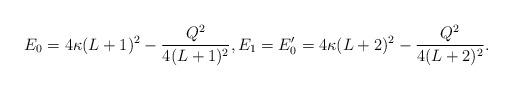
LaTeX: \begin{align*} E_0 = 4\kappa(L+1)^2 - \frac{Q^2}{4(L+1)^2}, E_1 = E'_0 = 4\kappa(L+2)^2 - \frac{Q^2}{4(L+2)^2}. \end{align*}